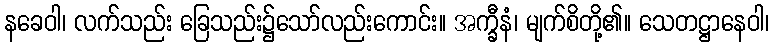
နခေဝါ၊ လက်သည်း ခြေသည်း၌သော်လည်းကောင်း။ အက္ခီနံ၊ မျက်စိတို့၏။ သေတဋ္ဌာနေဝါ၊